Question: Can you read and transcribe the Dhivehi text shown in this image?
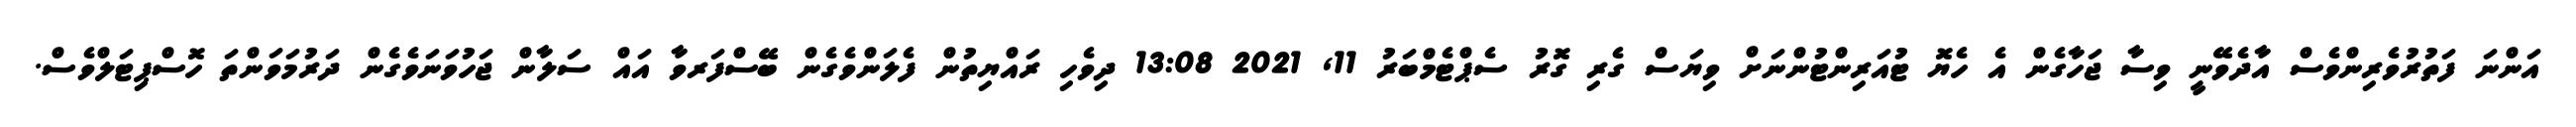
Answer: އަންނަ ފަތުރުވެރިންވެސް އާދެވޭނީ ވިސާ ޖަހާގެން އެ ހެޔޮ ޓުއަރިންޓުންނަށް ވިޔަސް ގެރި ގޮރު ސެޕްޓެމްބަރު 11, 2021 13:08 ދިވެހި ރައްޔިތުން ފެލަންވެގެން ބޭސްފަރވާ އައް ސަލާން ޖަހުވަނަވެގެން ދަރުމަވަންތަ ހޮސްޕިޓަލްވެސް.